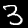
Digit: 3